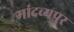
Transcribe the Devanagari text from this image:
मांदव्यपुर